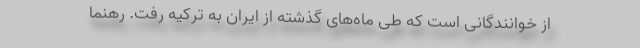
از خوانندگانی است که طی ماه‌های گذشته از ایران به ترکیه رفت. رهنما